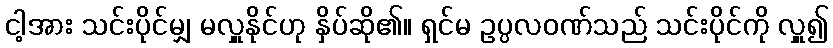
ငါ့အား သင်းပိုင်မျှ မလှူနိုင်ဟု နှိပ်ဆို၏။ ရှင်မ ဥပ္ပလဝဏ်သည် သင်းပိုင်ကို လှူ၍